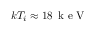
k T _ { i } \approx 1 8 \, \mathrm { ~ k ~ e ~ V ~ }